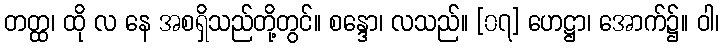
တတ္ထ၊ ထို လ နေ အစရှိသည်တို့တွင်။ စန္ဒော၊ လသည်။ [၀၇] ဟေဋ္ဌာ၊ အောက်၌။ ဝါ၊